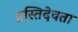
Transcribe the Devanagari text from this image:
हस्तिदेवता